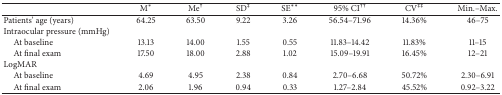
<table><thead><tr><td><b> </b></td><td><b>M*</b></td><td><b>Me<sup>†</sup></b></td><td><b>SD<sup>‡</sup></b></td><td><b>SE**</b></td><td><b>95% CI<sup>††</sup></b></td><td><b>CV<sup>‡‡</sup></b></td><td><b>Min.–Max.</b></td></tr></thead><tbody><tr><td>Patients&#x27; age (years)</td><td>64.25</td><td>63.50</td><td>9.22</td><td>3.26</td><td>56.54–71.96</td><td>14.36%</td><td>46–75</td></tr><tr><td>Intraocular pressure (mmHg)</td><td> </td><td> </td><td> </td><td> </td><td> </td><td> </td><td> </td></tr><tr><td> At baseline</td><td>13.13</td><td>14.00</td><td>1.55</td><td>0.55</td><td>11.83–14.42</td><td>11.83%</td><td>11–15</td></tr><tr><td> At final exam</td><td>17.50</td><td>18.00</td><td>2.88</td><td>1.02</td><td>15.09–19.91</td><td>16.45%</td><td>12–21</td></tr><tr><td>LogMAR</td><td> </td><td> </td><td> </td><td> </td><td> </td><td> </td><td> </td></tr><tr><td> At baseline</td><td>4.69</td><td>4.95</td><td>2.38</td><td>0.84</td><td>2.70–6.68</td><td>50.72%</td><td>2.30–6.91</td></tr><tr><td> At final exam</td><td>2.06</td><td>1.96</td><td>0.94</td><td>0.33</td><td>1.27–2.84</td><td>45.52%</td><td>0.92–3.22</td></tr></tbody></table>